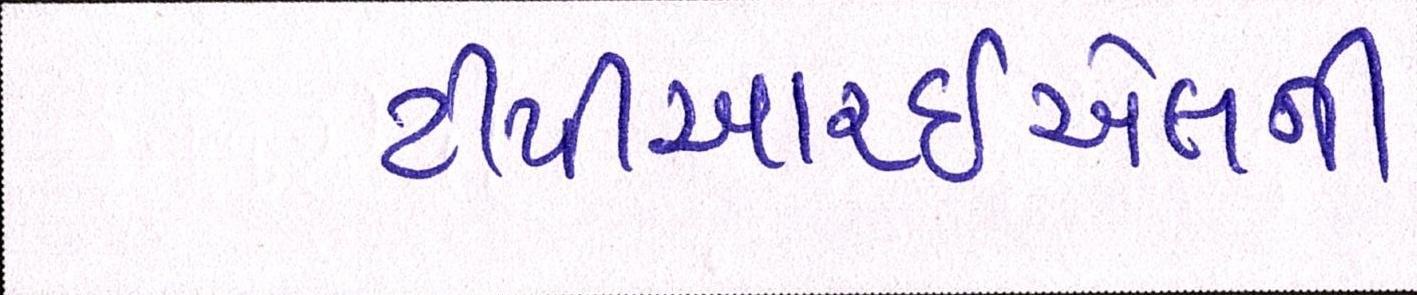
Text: ટીપીઆરઇએલની